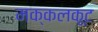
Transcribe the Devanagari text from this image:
मक्कलकूट